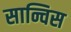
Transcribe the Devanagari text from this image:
सान्चिस